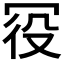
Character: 𠖊